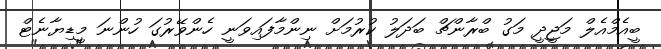
ބީއެމްއެލް މަޖީދީ މަގު ބްރާންޗް ބަދަލު ކުރުމަށް ނިންމާފައިވަނީ ހެންވޭރުގަ ހުންނަ މީޑިޔާނެޓް